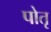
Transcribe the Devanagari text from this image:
पोतृ